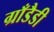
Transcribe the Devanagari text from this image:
ग्राँडैडी